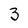
Character: 3